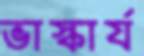
ভাস্কার্য